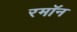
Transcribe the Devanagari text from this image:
रमॉन